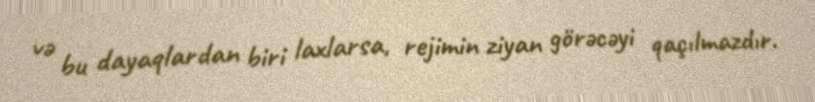
və bu dayaqlardan biri laxlarsa, rejimin ziyan görəcəyi qaçılmazdır.